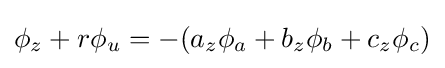
\phi _{z}+r\phi _{u}=-(a_{z}\phi _{a}+b_{z}\phi _{b}+c_{z}\phi _{c})